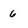
Character: 6